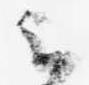
云